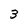
Character: 3